Civil Veterinary Dept. North-West Frontier Province 1901-22 - 1901-1922
Year: 1901
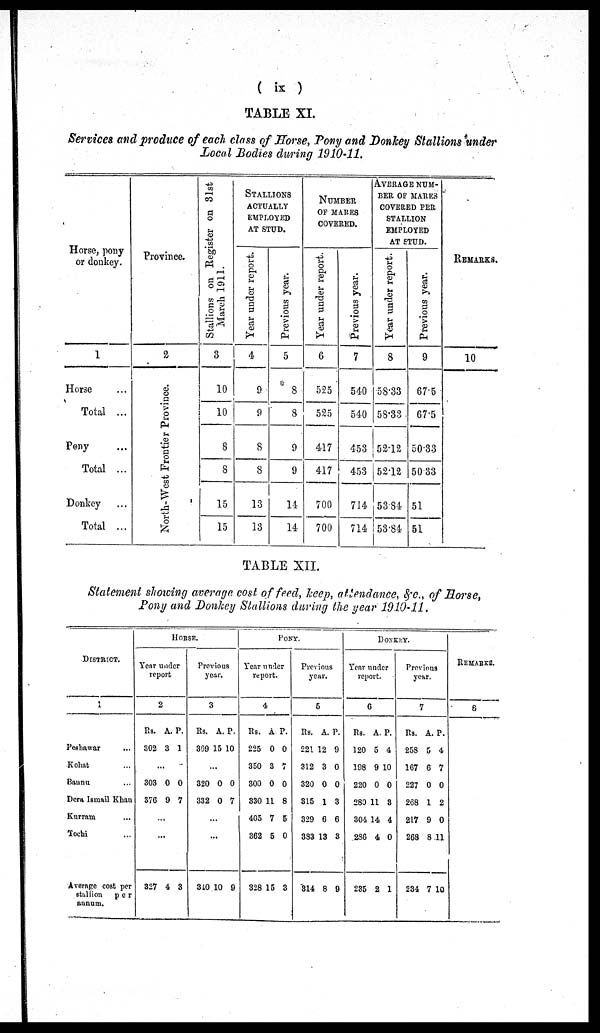
(ix)
TABLE XI.
Services and produce of each class of Horse, Pony and Donkey Stallions under
Local Bodies during 1910-11.
Horse, pony
or donkey.
1
Horse ...
Total ...
Pony ...
Total ...
Donkey ...
Total ...
Province.
2
North-West Frontier Province.
Stallions on Register on 31st
March 1911.
3
10
10
8
8
15
15
STALLIONS
ACTUALLY
EMPLOYED
AT STUD.
Year under report.
4
9
9
8
8
13
13
Previous year.
5
8
8
9
9
14
14
NUMBER
OF MARES
COVERED.
Year under report.
6
525
525
417
417
700
700
Previous year.
7
540
540
453
453
714
714
AVERAGE NUM-
BER OF MARES
COVERED PER
STALLION
EMPLOYED
AT STUD.
Year under report.
8
58.33
58.33
52.12
52.12
53.84
53.84
Previous year.
9
67.5
67.5
50.33
50.33
51
51
REMARKS.
10
TABLE XII.
Statement showing average cost of feed, keep, attendance, &c., of Horse,
Pony and Donkey Stallions during the year 1910-11.
DISTRICT.
1
Peshawar ...
Kohat ...
Bannu ...
Dera Ismail Khan
Kurram ...
Tochi ...
Average cost per
stallion
per
annum.
HORSE.
Year under
report
2
Rs.
302
303
376
.
...
327
A.
3
...
0
9
..
4
P.
1
0
7
3
Previous
year.
3
Rs.
369
320
332
...
340
A.
15
...
0
0
...
10
P.
10
0
7
9
PONY.
Year under
report.
4
Rs.
225
350
300
330
405
362
328
A.
0
3
0
11
7
5
15
P.
0
7
0
8
5
0
3
Previous
year.
5
Rs.
221
312
320
315
329
383
314
A.
12
3
0
1
6
13
8
P.
9
0
0
3
6
3
9
DONKEY.
Year under
report.
6
Rs.
120
198
220
280
304
286
235
A.
5
9
0
11
14
4
2
P.
4
10
0
3
4
0
1
Previous
year.
7
Rs.
258
167
227
268
217
268
234
A.
5
6
0
1
9
8
7
P.
4
7
0
2
0
11
10
REMARKS.
8